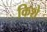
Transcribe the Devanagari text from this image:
किशे